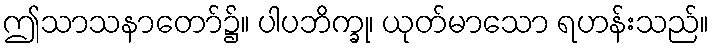
ဤသာသနာတော်၌။ ပါပဘိက္ခု၊ ယုတ်မာသော ရဟန်းသည်။